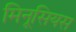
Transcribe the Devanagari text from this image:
मिनूसियस